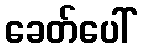
ခေတ်ပေါ်